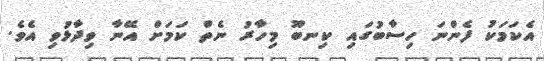
އެކަމަކު ފެންނަ ހިސާބުގައި ކިނބޫ މިހާރު ނެތް ކަމަށް އޭނާ ވިދާޅުވި އެވެ.